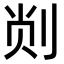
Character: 𫦁